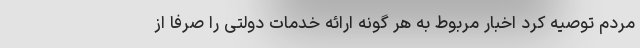
مردم توصیه کرد اخبار مربوط به هر گونه ارائه خدمات دولتی را صرفا از